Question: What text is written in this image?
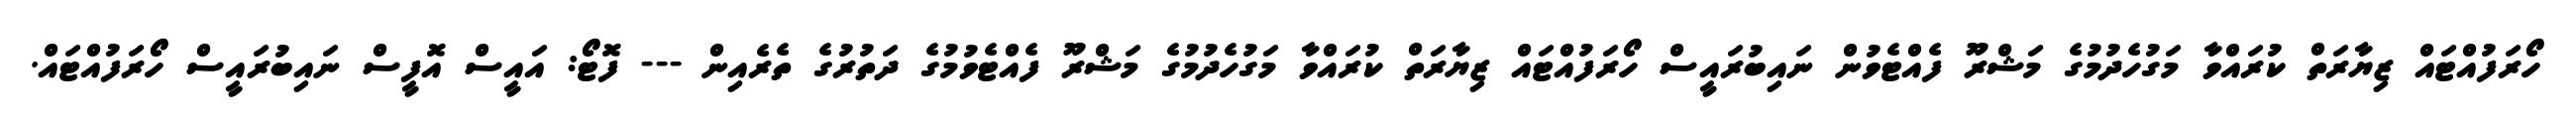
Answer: ހޯރަފުއްޓައް ޒިޔާރަތް ކުރައްވާ މަގުހެދުމުގެ މަޝްރޫ ފެއްޓެވުން ނައިބުރައީސް ހޯރަފުއްޓައް ޒިޔާރަތް ކުރައްވާ މަގުހެދުމުގެ މަޝްރޫ ފެއްޓެވުމުގެ ދަތުރުގެ ތެރެއިން --- ފޮޓޯ: އައީސް އޮފީސް ނައިބުރައީސް ހޯރަފުއްޓައް.